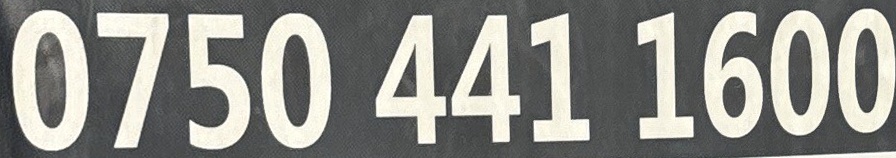
0750 441 1600